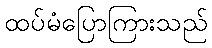
ထပ်မံပြောကြားသည်